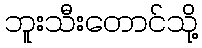
ဘူးသီးတောင်သို့